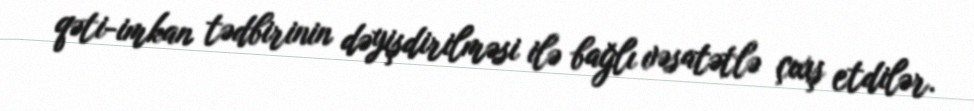
qəti-imkan tədbirinin dəyişdirilməsi ilə bağlı vəsatətlə çıxış etdilər.